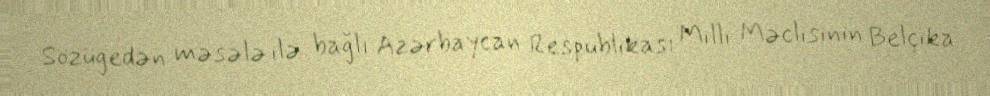
Sözügedən məsələ ilə bağlı Azərbaycan Respublikası Milli Məclisinin Belçika